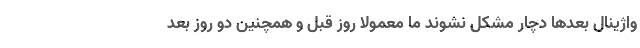
واژینال بعدها دچار مشکل نشوند ما معمولاً روز قبل و همچنین دو روز بعد